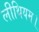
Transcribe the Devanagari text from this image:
लीथियम।